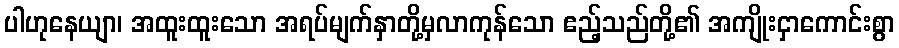
ပါဟုနေယျာ၊ အထူးထူးသော အရပ်မျက်နှာတို့မှလာကုန်သော ဧည့်သည်တို့၏ အကျိုးငှာကောင်းစွာ